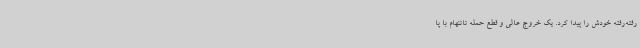
رفته‌رفته خودش را پیدا کرد. یک خروج عالی و قطع حمله تاتنهام با پا